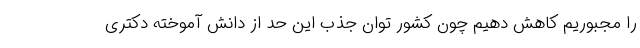
را مجبوریم کاهش دهیم چون کشور توان جذب این حد از دانش آموخته دکتری